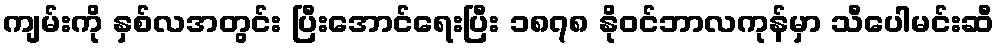
ကျမ်းကို နှစ်လအတွင်း ပြီးအောင်ရေးပြီး ၁၈၇၈ နိုဝင်ဘာလကုန်မှာ သီပေါမင်းဆီ